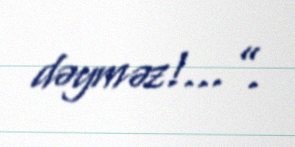
dəyməz!...”.